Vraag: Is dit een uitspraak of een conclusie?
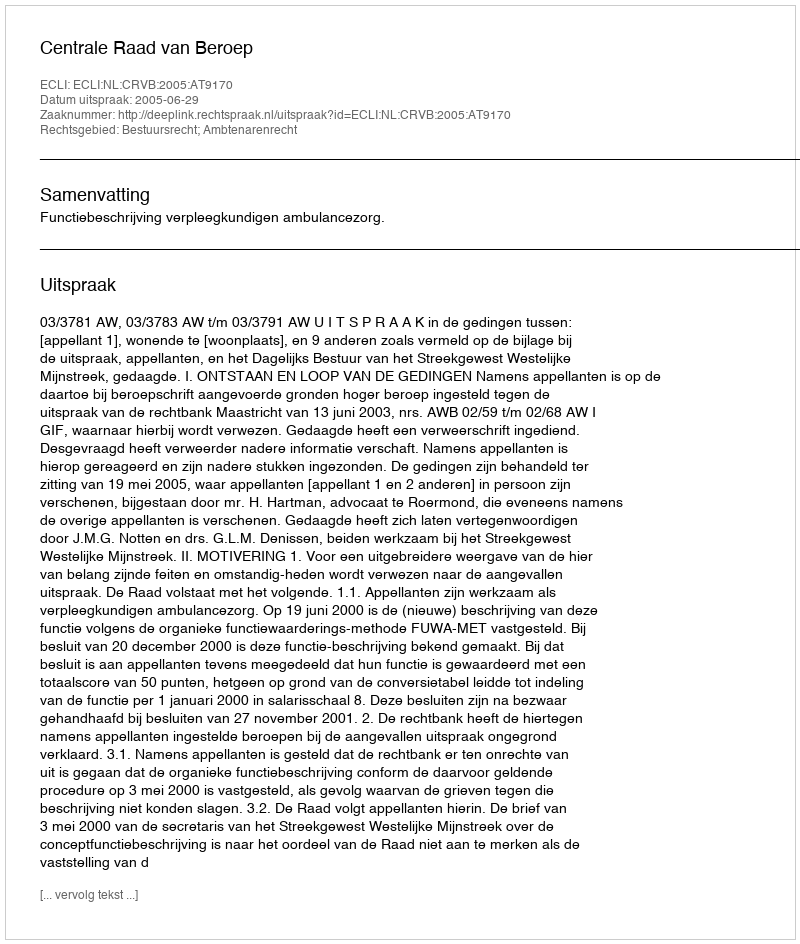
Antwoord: Uitspraak